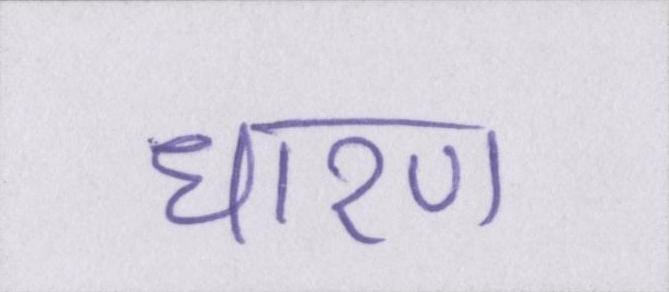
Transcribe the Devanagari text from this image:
धारण